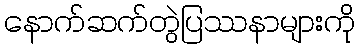
နောက်ဆက်တွဲပြဿနာများကို